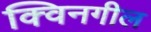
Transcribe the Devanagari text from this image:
क्विनगील